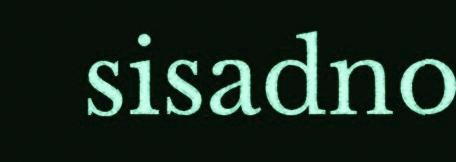
sisadno